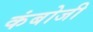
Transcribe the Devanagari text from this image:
कंबोजी